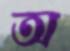
অ